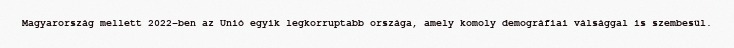
Magyarország mellett 2022-ben az Unió egyik legkorruptabb országa, amely komoly demográfiai válsággal is szembesül.